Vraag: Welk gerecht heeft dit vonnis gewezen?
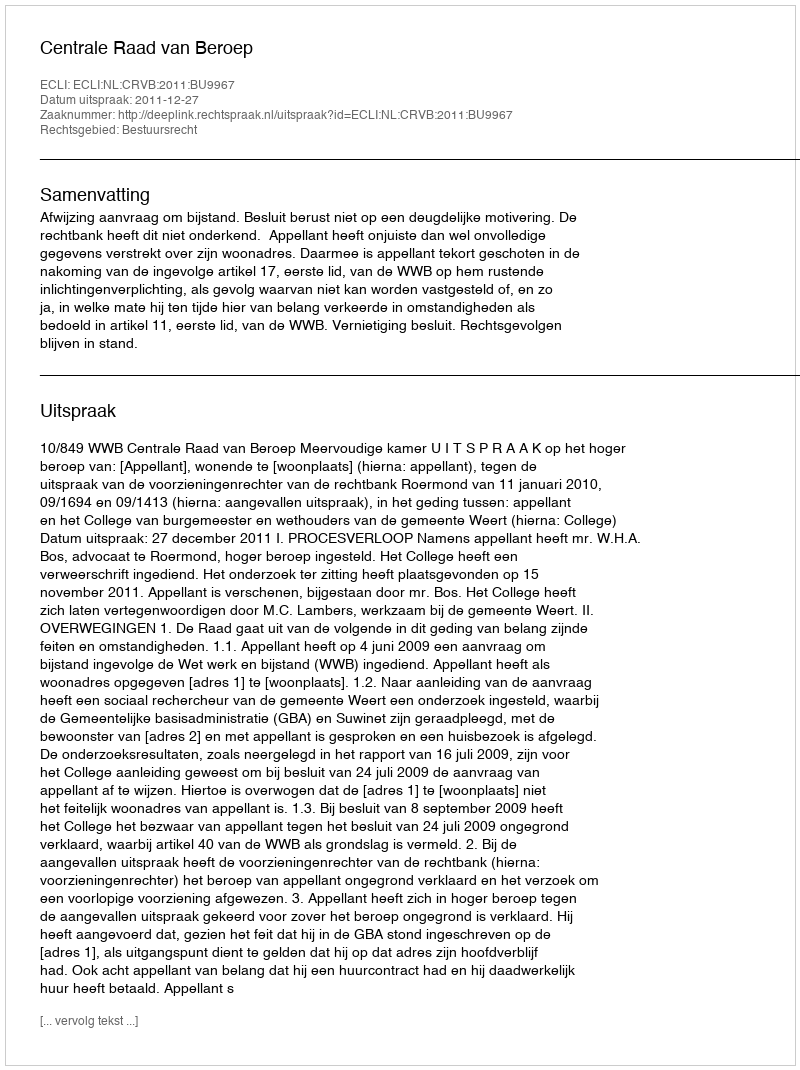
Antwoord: Centrale Raad van Beroep